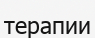
терапии